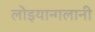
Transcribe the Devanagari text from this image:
लोइयान्गलानी